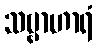
သဗ္ဗာဟာရံ